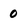
Character: 0